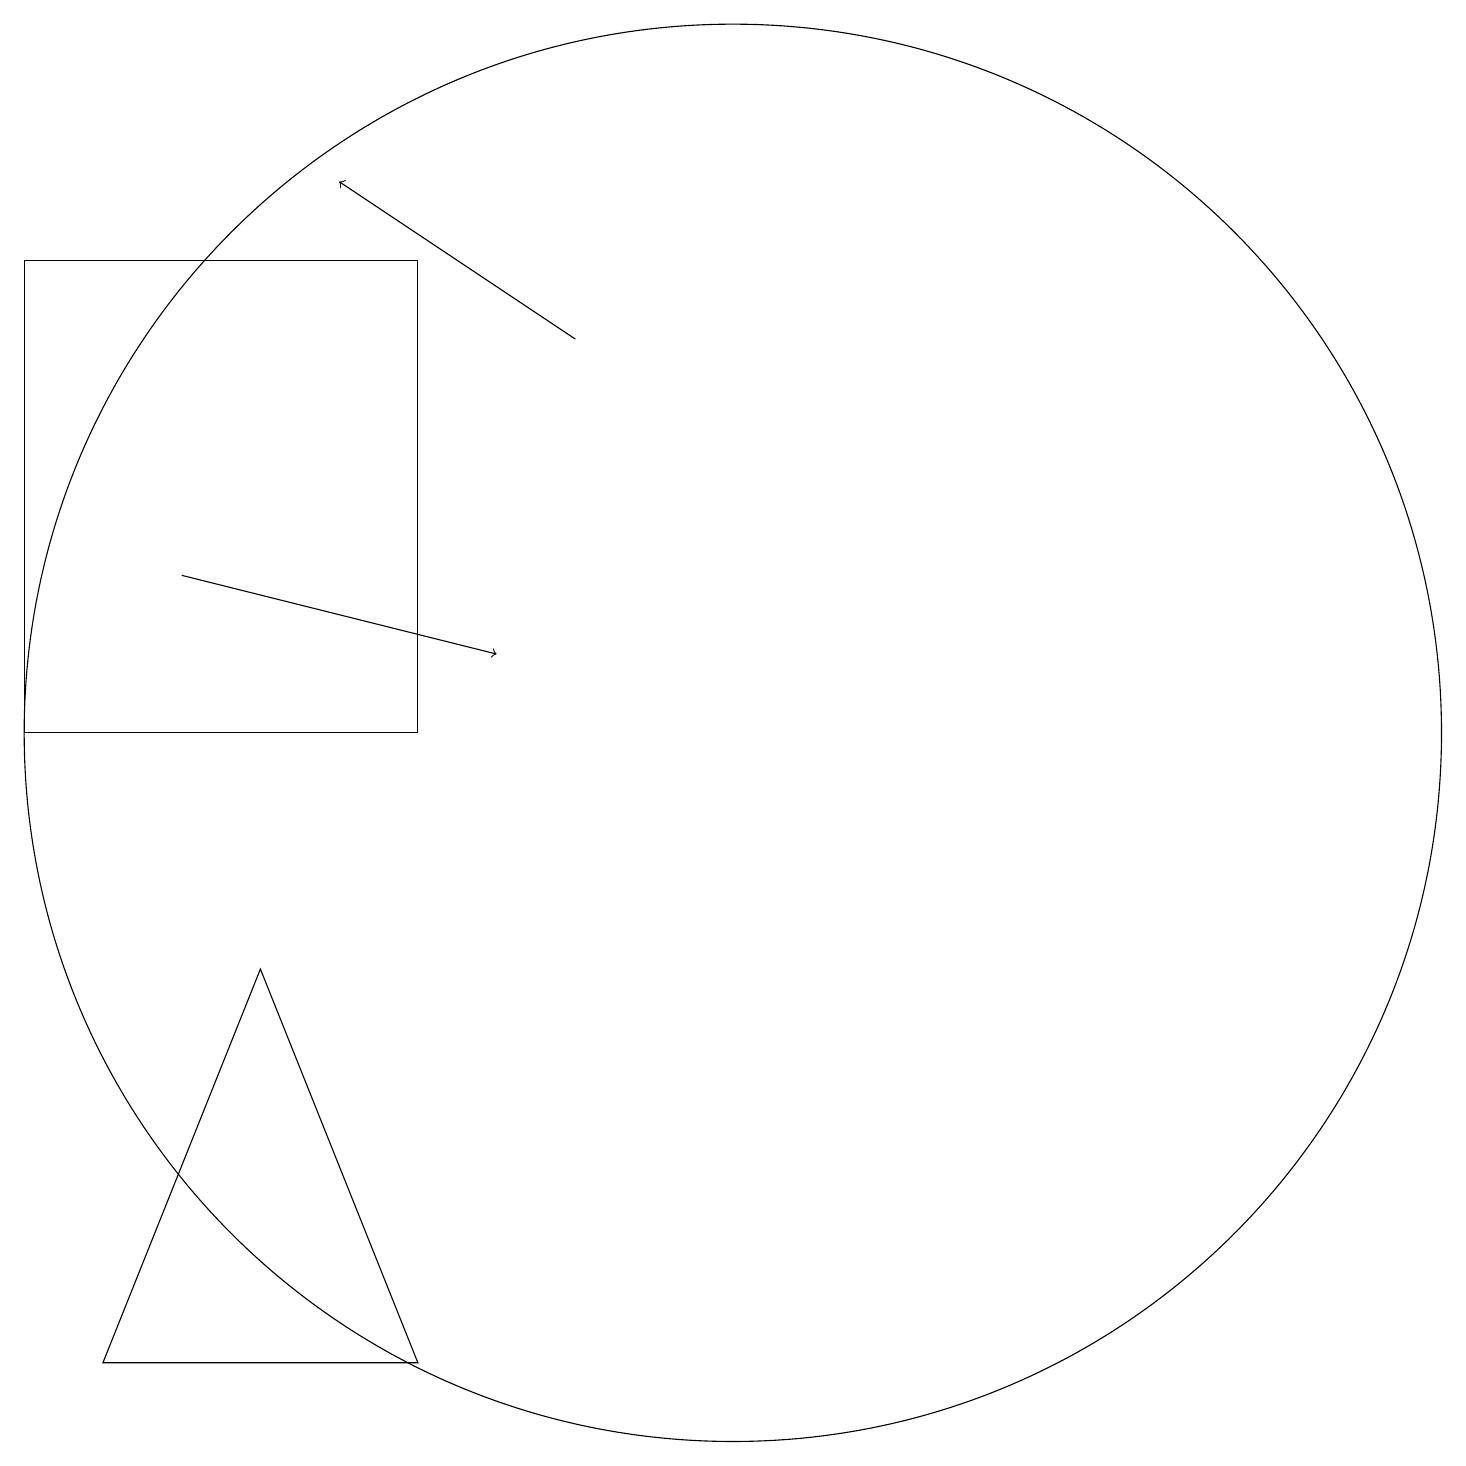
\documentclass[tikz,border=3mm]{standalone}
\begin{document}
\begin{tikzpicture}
\draw (2,16) rectangle (7,10);
\draw[->] (9,15) -- (6,17);
\draw (7,2) -- (5,7) -- (3,2) -- cycle;
\draw (11,10) circle (9);
\draw[->] (4,12) -- (8,11);
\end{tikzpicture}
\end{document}